Indian journal of veterinary science and animal husbandry - Volume 13,
Year: 1943
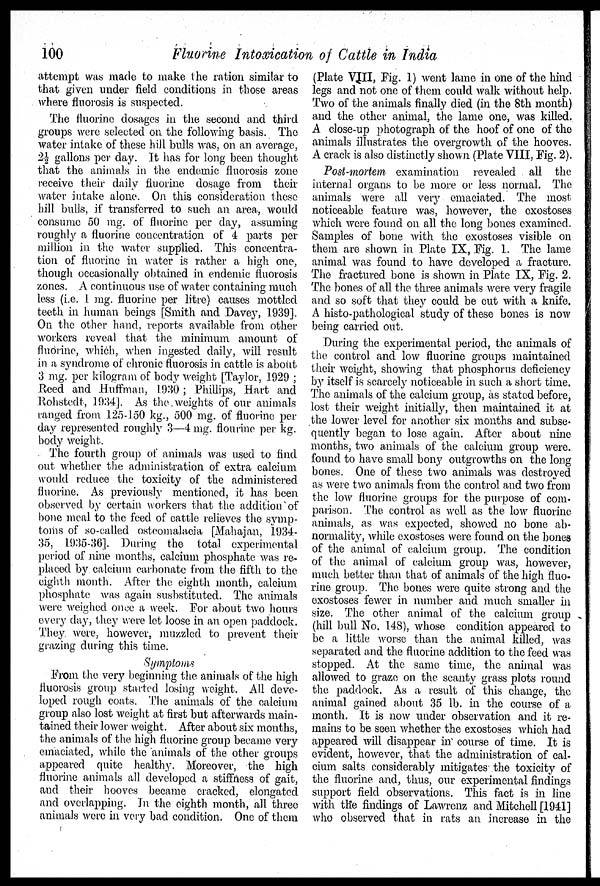
100
Fluorine Intoxication of Cattle in India
attempt was made to make the ration similar to
that given under field conditions in those areas
where fluorosis is suspected.
The fluorine dosages in the second and third
groups were selected on the following basis. The
water intake of these hill bulls was, on an average,
2½ gallons per day. It has for long been thought
that the animals in the endemic fluorosis zone
receive their daily fluorine dosage from their
water intake alone. On this consideration these
hill bulls, if transferred to such an area, would
consume 50 mg. of fluorine per clay, assuming
roughly a fluorine concentration of 4 parts per
million in the water supplied. This concentra-
tion of fluorine in water is rather a high one,
though occasionally obtained in endemic fluorosis
zones. A continuous use of water containing much
less (i.e. 1 mg. fluorine per litre) causes mottled
teeth in human beings [Smith and Davey, 1939].
On the other hand, reports available from other
workers reveal that the minimum amount of
fluorine, which, when ingested daily, will result
in a syndrome of chronic fluorosis in cattle is about
3 mg. per kilogram of body weight [Taylor, 1929 ;
Reed and Huffman, 1930 ; Phillips, Hart and
Rohstedt, .1934]. As the weights of our animals
ranged from .125-150 kg., 500 mg. of fluorine per
day represented roughly 3—4 mg. flourine per kg.
body weight.
The fourth group of animals was used to find
out whether the administration of extra calcium
would reduce the toxicity of the administered
fluorine. As previously mentioned, it has been
observed by certain workers that the addition of
bone meal to the feed of cattle relieves the symp-
toms of so-called osteomalacia [Mahajan, 1934-
35, 1935-36]. During the total experimental
period of nine months, calcium phosphate was re-
placed by calcium carbonate from the fifth to the
eighth month. After the eighth month, calcium
phosphate was again susbstituted. The animals
were weighed once a week. For about two hours
every day, they were let loose in an open paddock.
They were, however, muzzled to prevent their
grazing during this time.
Symptoms
From the very beginning the animals of the high
fluorosis group started losing weight. All deve-
loped rough coats. The animals of the calcium
group also lost weight at first but afterwards main-
tained their lower weight. After about six months,
the animals of the high fluorine group became very
emaciated, while the 'animals of the other groups
appeared quite healthy. Moreover, the high
fluorine animals all developed a stiffness of gait,
and their hooves became cracked, elongated
and overlapping. In the eighth month, all three
animals were in very bad condition. One of them
(Plate VIII, Fig. 1) went lame in one of the hind
legs and not one of them could walk without help.
Two of the animals finally died (in the 8th month)
and the other animal, the lame one, was killed.
A close-up photograph of the hoof of one of the
animals illustrates the overgrowth of the hooves.
A crack is also distinctly shown (Plate VIII, Fig. 2).
Post-mortem examination revealed all the
internal organs to be more or less normal. The
animals were all very emaciated. The most
noticeable feature was, however, the exostoses
which were found on all the long bones examined.
Samples of bone with the exostoses visible on
them are shown in Plate IX, Fig. 1. The lame
animal was found to have developed a fracture.
The fractured bone is shown in Plate IX, Fig. 2.
The bones of all the three animals were very fragile
and so soft that they could be cut with a knife.
A histo-pathological study of these bones is now
being carried out.
During the experimental period, the animals of
the control and low fluorine groups maintained
their weight, showing that phosphorus deficiency
by itself is scarcely noticeable in such a short time.
The animals of the calcium group, as stated before,
lost their weight initially, then maintained it at
the lower level for another six months and subse-
quently began to lose again. After about nine
months, two animals of the calcium group were.
found to have small bony outgrowths on the long
bones. One of these two animals was destroyed
as were two animals from the control and two from
the low fluorine groups for the purpose of com-
parison. The control as well as the low fluorine
animals, as was expected, showed no bone ab-
normality, while exostoses were found on the bones
of the animal of calcium group. The condition
of the animal of calcium group was, however,
much better than that of animals of the high fluo-
rine group. The bones were quite strong and the
exostoses fewer in number and much smaller in
size. The other animal of the calcium group
(hill bull No. 148). whose condition appeared to
be a little worse than the animal killed, was
separated and the fluorine addition to the feed was
stopped. At the same time, the animal was
allowed to graze on the scanty grass plots round
the paddock. As a result of this change, the
animal gained about 35 lb. in the course of a
month. It is now under observation and it re-
mains to be seen whether the exostoses which had
appeared will disappear in course of time. It is
evident, however, that the administration of cal-
cium salts considerably mitigates the toxicity of
the fluorine and, thus, our experimental findings
support field observations. This fact is in line
with the findings of Lawrenz and Mitchell [1941]
who observed that in rats an increase in the